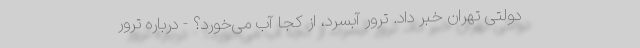
دولتی تهران خبر داد. ترور آبسرد، از کجا آب می‌خورَد؟ - درباره ترور